Vaccination Hyderabad 1890-1903 - 1890-1903
Year: 1890
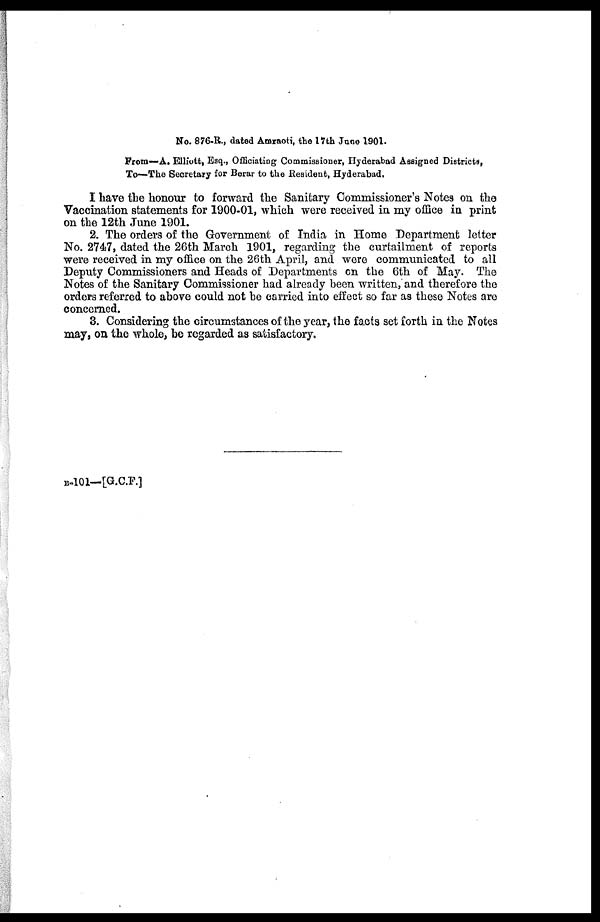
No. 876-R., dated Amraoti, the 17th June 1901.
From—A. Elliott, Esq., Officiating Commissioner, Hyderabad Assigned Districts,
To—The Secretary for Berar to the Resident, Hyderabad.
I have the honour to forward the Sanitary Commissioner's Notes on the
Vaccination statements for 1900-01, which were received in my office in print
on the 12th June 1901.
2. The orders of the Government of India in Home Department letter
No. 2747, dated the 26th March 1901, regarding the curtailment of reports
were received in my office on the 26th April, and were communicated to all
Deputy Commissioners and Heads of Departments on the 6th of May. The
Notes of the Sanitary Commissioner had already been written, and therefore the
orders referred to above could not be carried into effect so far as these Notes are
concerned.
3. Considering the circumstances of the year, the facts set forth in the Notes
may, on the whole, be regarded as satisfactory.
B-101— [G.C.F.]